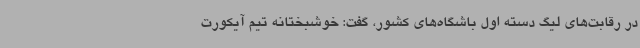
در رقابت‌های لیگ دسته اول باشگاه‌های کشور، گفت: خوشبختانه تیم آیکورت